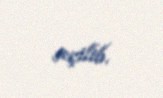
seçilib.